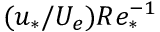
( u _ { * } / U _ { e } ) R e _ { * } ^ { - 1 }